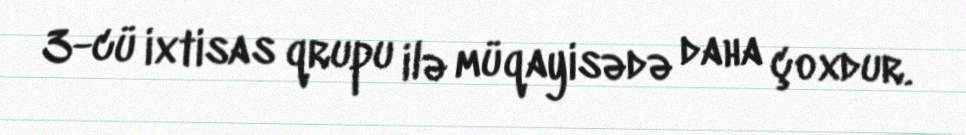
3-cü ixtisas qrupu ilə müqayisədə daha çoxdur.